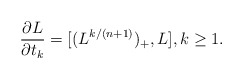
\begin{align*}\frac{\partial L}{\partial t_k} = [(L^{k/(n+1)})_+ , L],k\ge 1.\end{align*}